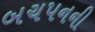
બચપનની